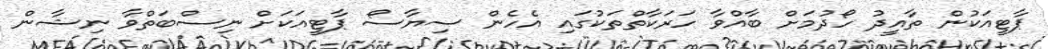
ޕާޓީއަކުން ތާއީދު ހޯދުމަށް ބާއްވާ ހަރަކާތްތަކުގައި އެހެން ސިޔާސޯ ޕާޓީއަކަށް ނިސްބަތްވާ ނިޝާން